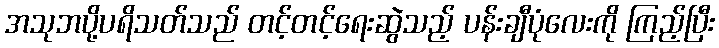
အသုဘပို့ပရိသတ်သည် တင့်တင့်ရေးဆွဲသည့် ပန်းချီပုံလေးကို ကြည့်ပြီး